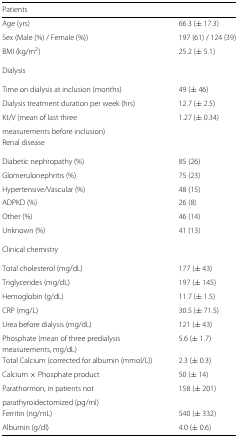
| Patients |  |
 | --- | --- |
 | Age (yrs) | 66.3 (± 17.3) |
 | Sex (Male (%) / Female (%)) | 197 (61) / 124 (39) |
 | BMI (kg/m 2) | 25.2 (± 5.1) |
 | Dialysis |  |
 | Time on dialysis at inclusion (months) | 49 (± 46) |
 | Dialysis treatment duration per week (hrs) | 12.7 (± 2.5) |
 | Kt/V (mean of last three | 1.27 (± 0.34) |
 | measurements before inclusion) |  |
 | Renal disease |  |
 | Diabetic nephropathy (%) | 85 (26) |
 | Glomerulonephritis (%) | 75 (23) |
 | Hypertensive/Vascular (%) | 48 (15) |
 | ADPKD (%) | 26 (8) |
 | Other (%) | 46 (14) |
 | Unknown (%) | 41 (13) |
 | Clinical chemistry |  |
 | Total cholesterol (mg/dL) | 177 (± 43) |
 | Triglycerides (mg/dL) | 197 (± 145) |
 | Hemoglobin (g/dL) | 11.7 (± 1.5) |
 | CRP (mg/L) | 30.5 (± 71.5) |
 | Urea before dialysis (mg/dL) | 121 (± 43) |
 | Phosphate (mean of three predialysis | 5.6 (± 1.7) |
 | measurements, mg/dL) |  |
 | Total Calcium (corrected for albumin (mmol/L)) | 2.3 (± 0.3) |
 | Calcium × Phosphate product | 50 (± 14) |
 | Parathormon, in patients not | 158 (± 201) |
 | parathyroidectomized (pg/ml) |  |
 | Ferritin (ng/mL) | 540 (± 332) |
 | Albumin (g/dl) | 4.0 (± 0.6) |